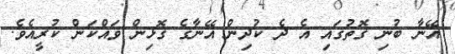
އޭނާ ބުނި ގޮތުގައި އެ ދެ ކުދިން އޭނާގެ ގޮޅިން ވައްކަން ކުރީއެވެ.